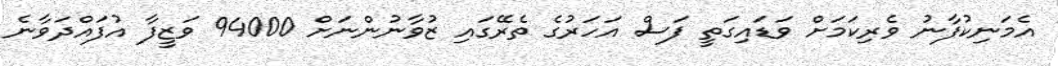
އެމަނިކުފާނު ވެރިކަމަށް ވަޑައިގަތީ ފަސް އަހަރުގެ ތެރޭގައި ޒުވާނުންނަށް 94000 ވަޒީފާ އުފައްދަވާނެ